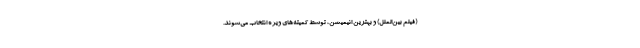
(فیلم بین‌الملل) و بهترین انیمیشن، توسط کمیته‌های ویژه انتخاب می‌شوند.